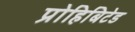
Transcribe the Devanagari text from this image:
प्रोहिबिटेड